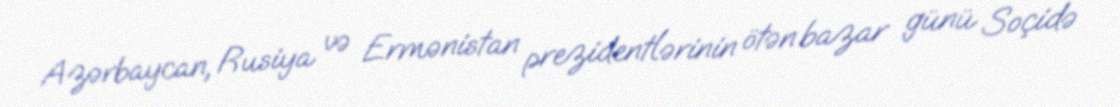
Azərbaycan, Rusiya və Ermənistan prezidentlərinin ötən bazar günü Soçidə